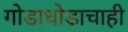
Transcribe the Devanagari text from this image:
गोडाधोडाचाही